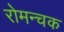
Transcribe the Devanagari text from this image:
रोमन्चक